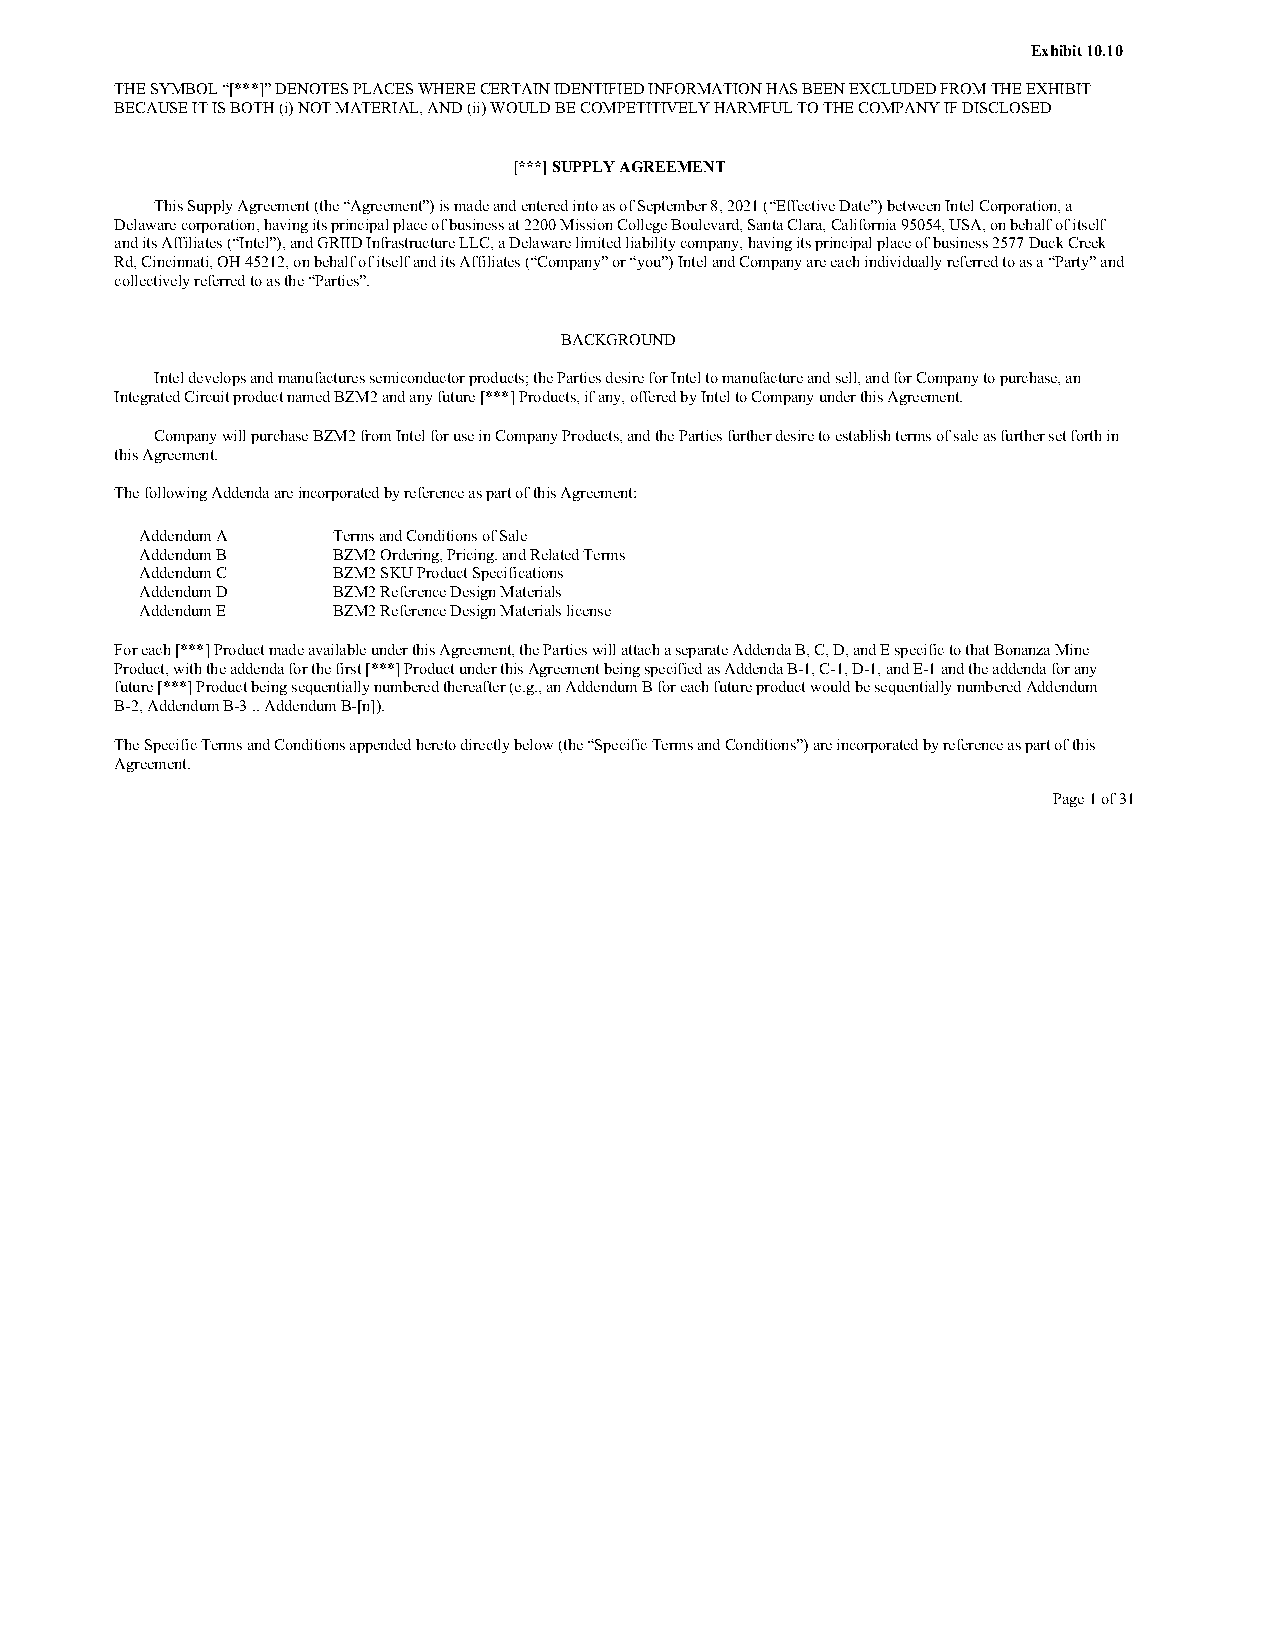
Exhibit 10.10
 THE SYMBOL “[***]” DENOTES PLACES WHERE CERTAIN IDENTIFIED INFORMATION HAS BEEN EXCLUDED FROM THE EXHIBIT
 BECAUSE IT IS BOTH (i) NOT MATERIAL, AND (ii) WOULD BE COMPETITIVELY HARMFUL TO THE COMPANY IF DISCLOSED
 [***] SUPPLY AGREEMENT
 This Supply Agreement (the “Agreement”) is made and entered into as of September 8, 2021 (“Effective Date”) between Intel Corporation, a
 Delaware corporation, having its principal place of business at 2200 Mission College Boulevard, Santa Clara, California 95054, USA, on behalf of itself
 and its Affiliates (“Intel”), and GRIID Infrastructure LLC, a Delaware limited liability company, having its principal place of business 2577 Duck Creek
 Rd, Cincinnati, OH 45212, on behalf of itself and its Affiliates (“Company” or “you”) Intel and Company are each individually referred to as a “Party” and
 collectively referred to as the “Parties”.
 BACKGROUND
 Intel develops and manufactures semiconductor products; the Parties desire for Intel to manufacture and sell, and for Company to purchase, an
 Integrated Circuit product named BZM2 and any future [***] Products, if any, offered by Intel to Company under this Agreement.
 Company will purchase BZM2 from Intel for use in Company Products, and the Parties further desire to establish terms of sale as further set forth in
 this Agreement.
 The following Addenda are incorporated by reference as part of this Agreement:
 Addendum A   Terms and Conditions of Sale
 Addendum B   BZM2 Ordering, Pricing. and Related Terms
 Addendum C   BZM2 SKU Product Specifications
 Addendum D   BZM2 Reference Design Materials
 Addendum E   BZM2 Reference Design Materials license
 For each [***] Product made available under this Agreement, the Parties will attach a separate Addenda B, C, D, and E specific to that Bonanza Mine
 Product, with the addenda for the first [***] Product under this Agreement being specified as Addenda B-1, C-1, D-1, and E-1 and the addenda for any
 future [***] Product being sequentially numbered thereafter (e.g., an Addendum B for each future product would be sequentially numbered Addendum
 B-2, Addendum B-3 .. Addendum B-[n]).
 The Specific Terms and Conditions appended hereto directly below (the “Specific Terms and Conditions”) are incorporated by reference as part of this
 Agreement.
 Page 1 of 31